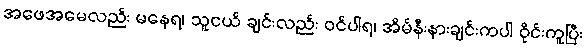
အဖေအမေလည်း မနေရ၊ သူငယ် ချင်းလည်း ဝင်ပါရ၊ အိမ်နီးနားချင်းကပါ ဝိုင်းကူပြီး